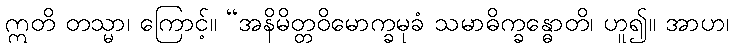
ဣတိ တသ္မာ၊ ကြောင့်။ “အနိမိတ္တဝိမောက္ခမုခံ သမာဓိက္ခန္ဓောတိ၊ ဟူ၍။ အာဟ၊